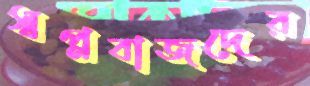
স্বপ্নবাজদের